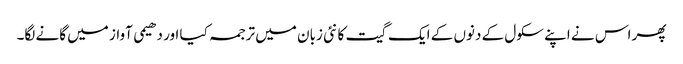
پھر اس نے اپنے سکول کے دنوں کے ایک گیت کا نئی زبان میں ترجمہ کیا اور دھیمی آواز میں گانے لگا۔